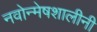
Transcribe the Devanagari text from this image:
नवोन्मेषशालीनी